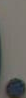
.